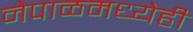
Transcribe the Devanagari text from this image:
नेपाळमध्येही